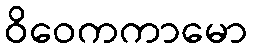
ဝိဝေကကာမော